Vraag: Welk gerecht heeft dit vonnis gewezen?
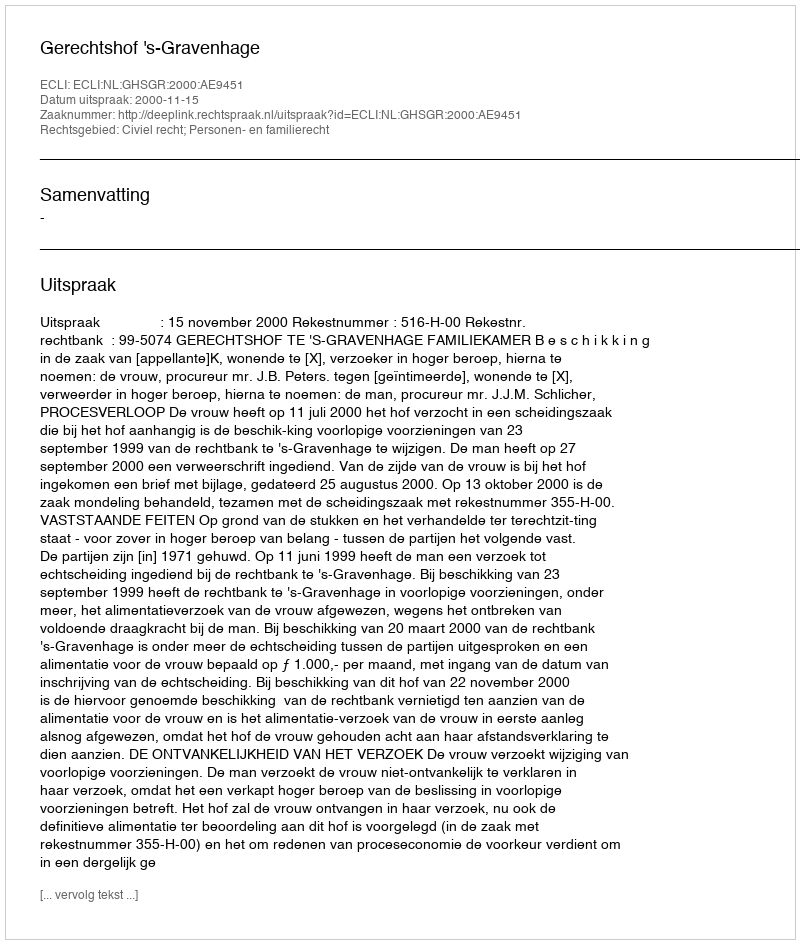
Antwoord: Gerechtshof 's-Gravenhage